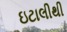
ઇટાલીથી